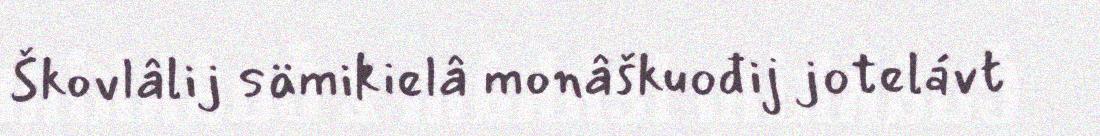
Škovlâlij sämikielâ monâškuođij jotelávt